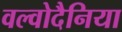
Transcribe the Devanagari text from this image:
वल्वोदैनिया